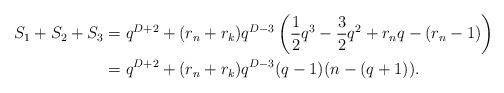
LaTeX: \begin{align*}S_1 + S_2 + S_3 &= q^{D+2} + (r_n+r_k)q^{D-3} \left( \frac12q^3 -\frac32 q^2 + r_n q - (r_n-1)\right) \\&= q^{D+2} + (r_n+r_k)q^{D-3} (q-1)(n-(q+1)). \end{align*}